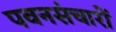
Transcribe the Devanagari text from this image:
पवनसंचारों